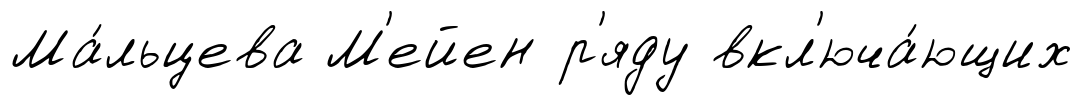
Ма́льцева М'ейен р'яду вкл'юча́ющих